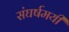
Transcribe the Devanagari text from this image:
संघर्षमयी